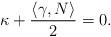
LaTeX: \begin{align*}\kappa+\frac{\langle \gamma,N\rangle}{2} = 0.\end{align*}